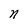
Character: n